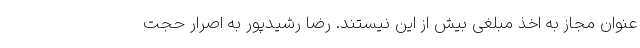
عنوان مجاز به اخذ مبلغی بیش از این نیستند. رضا رشیدپور به اصرار حجت